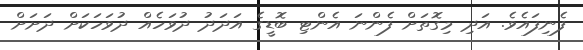
ފެނިފައެވެ. އަދި މިގޮތަށް ފެންނަ އެންޓި ބޮޑީގެ އަދަދު ދުވަހެއް ދުވަހަކަށް ދަށަށް